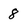
Character: 8